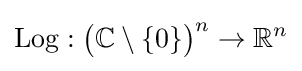
\operatorname {Log} :{\big (}{\mathbb {C} }\setminus \{0\}{\big )}^{n}\to \mathbb {R} ^{n}